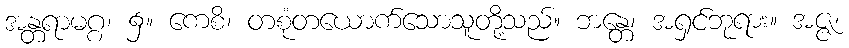
အန္တရာမဂ္ဂ၊ ၌။ ကေစိ၊ တစုံတယောက်သောသူတို့သည်။ ဘန္တေ၊ အရှင်ဘုရား။ အဇ္ဇ၊